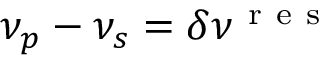
\nu _ { p } - \nu _ { s } = \delta \nu ^ { \mathrm { ~ r ~ e ~ s ~ } }